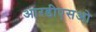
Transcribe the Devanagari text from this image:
आरडीएसओ